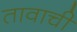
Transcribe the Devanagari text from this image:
तावाची